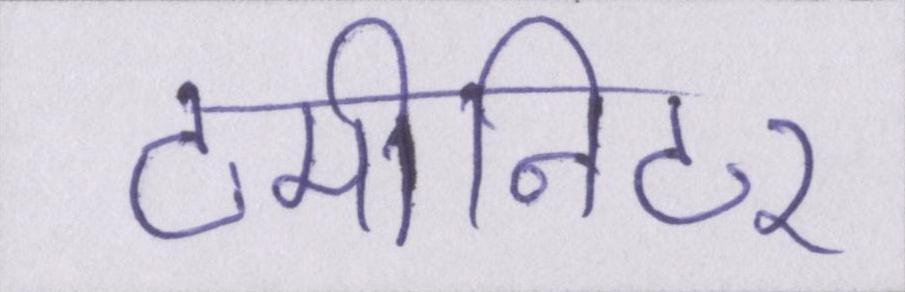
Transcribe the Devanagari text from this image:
टर्मीनेटर